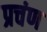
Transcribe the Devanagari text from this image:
प्रचंण